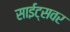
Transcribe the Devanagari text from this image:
साईट्सवर